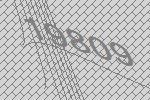
19809